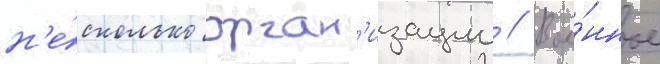
н'е́сколько орган'изации // Вое́нное